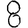
Digit: 8